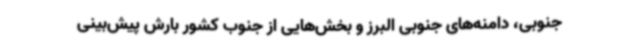
جنوبی، دامنه‌های جنوبی البرز و بخش‌هایی از جنوب کشور بارش پیش‌بینی